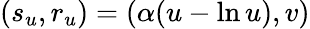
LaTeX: (s_{u},r_{u})=(\alpha(u-\ln u),v)